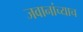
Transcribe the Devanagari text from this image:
जवानांच्याच